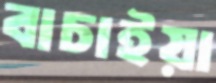
বাচাইয়া